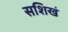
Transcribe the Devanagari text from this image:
सशिखं